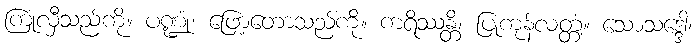
ကြုံလှီသည်ကို။ ပဏ္ဍုံ၊ ဖြော့တော့သည်ကို။ ကရိဿန္တိ၊ ပြုကုန်လတ္တံ့။ သောသဒ္ဒေါ၊